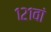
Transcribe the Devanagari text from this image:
१२१वां